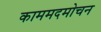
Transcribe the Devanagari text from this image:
काममदमोचन